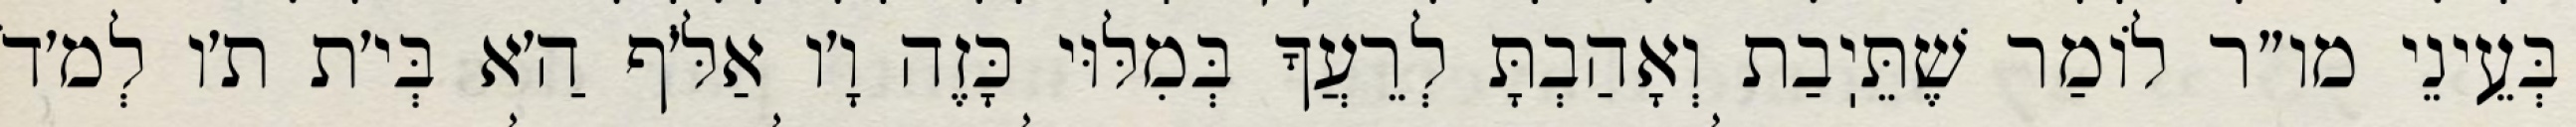
בְּעֵינֵי מו״ר לוֹמַר שֶׁתֵּיֽבַת וְאָהַבְתָּ לְרֵעֲךָ בְּמִלּוּי כָּזֶה וָ׳ו אַלֹּ׳ף הַ׳א בְּי׳ת ת׳ו לְמ׳דֹ